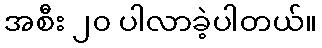
အစီး ၂၀ ပါလာခဲ့ပါတယ်။